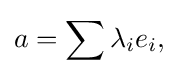
\displaystyle {a=\sum \lambda _{i}e_{i},}